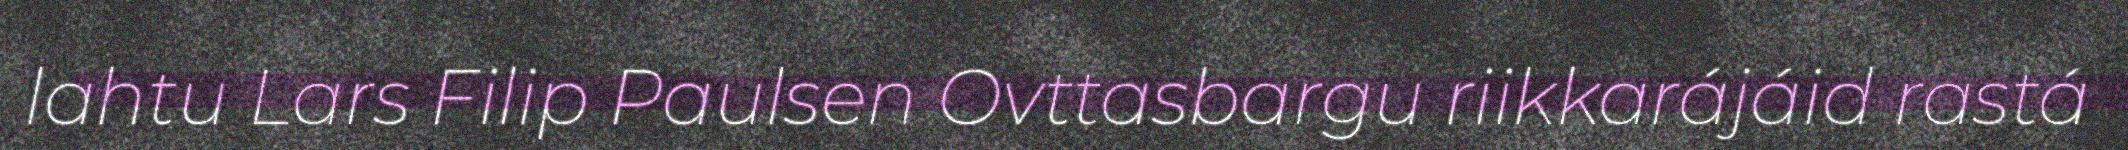
lahtu Lars Filip Paulsen Ovttasbargu riikkarájáid rastá